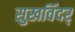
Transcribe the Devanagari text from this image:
सुखविंदर्